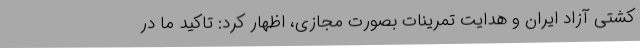
کشتی آزاد ایران و هدایت تمرینات بصورت مجازی، اظهار کرد: تاکید ما در